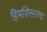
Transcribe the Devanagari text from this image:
हिमशिखरांचा